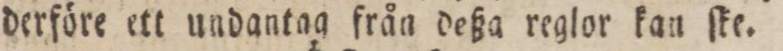
derföre ett undantag från deßa reglor kan ſke.